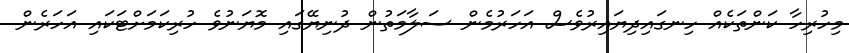
މިހުރިހާ ކަންތަކެއް ހިނގައިދިޔައިރުވެސް އަހަރުމެން ސަލާމަތުން ދުނިޔޭގައި މޮޔަނުވެ ހުރިކަމަށްޓަކައި އަހަރެން